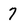
Character: 7